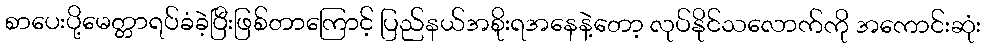
စာပေးပို့မေတ္တာရပ်ခံခဲ့ပြီးဖြစ်တာကြောင့် ပြည်နယ်အစိုးရအနေနဲ့တော့ လုပ်နိုင်သလောက်ကို အကောင်းဆုံး